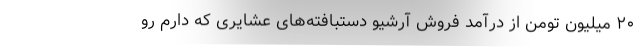
۲۰ میلیون تومن از درآمد فروش آرشیو دستبافته‌های عشایری که دارم رو